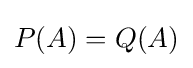
P(A)=Q(A)